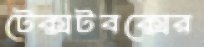
টেক্সটবক্সের